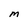
Character: M